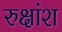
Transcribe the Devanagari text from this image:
रुक्षांश